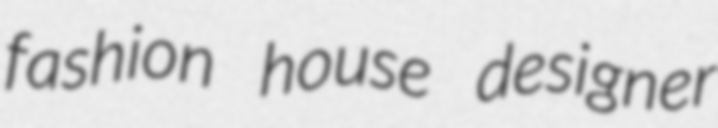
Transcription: fashion house designer